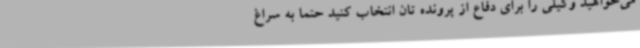
می‌خواهید وکیلی را برای دفاع از پرونده تان انتخاب کنید حتما به سراغ